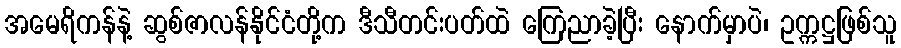
အမေရိကန်နဲ့ ဆွစ်ဇာလန်နိုင်ငံတို့က ဒီသီတင်းပတ်ထဲ ကြေညာခဲ့ပြီး နောက်မှာပဲ၊ ဥက္ကဋ္ဌဖြစ်သူ